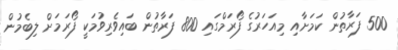
500 ފަރާތުން ކަމަށާއި މިއަހަރުގެ ފޯރަމްގައި 800 ފަރާތުން ބައިވެރިވުމަކީ ފޯރަމަށް ލިބެމުން